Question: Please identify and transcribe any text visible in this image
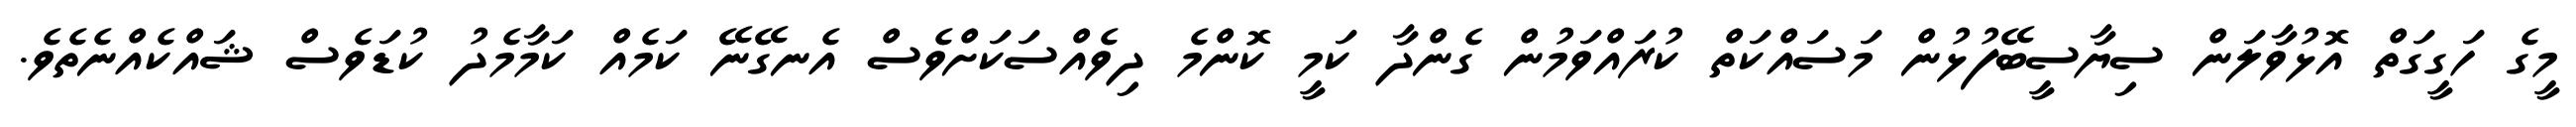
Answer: މީގެ ހަގީގަތް އޮޅުވާލަން ސިޔާސީބޭފުޅުން މަސައްކަތް ކުރައްވަމުން ގެންދާ ކަމީ ކޮންމެ ދިވެއްސަކަށްވެސް އެނގޭނޭ ކަމެއް ކަމާމެދު ކުޑަވެސް ޝައްކެއްނެތެވެ.